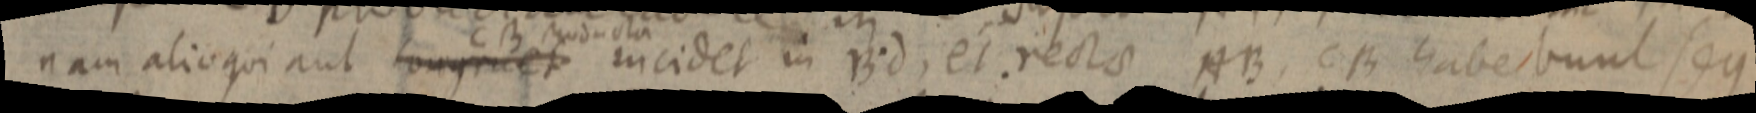
nam alioqui aut congruet incidet in Bd, et rectae AB, CB haberbunt seg